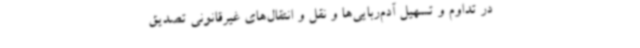
در تداوم و تسهیل آدم‌ربایی‌ها و نقل و انتقال‌های غیرقانونی تصدیق